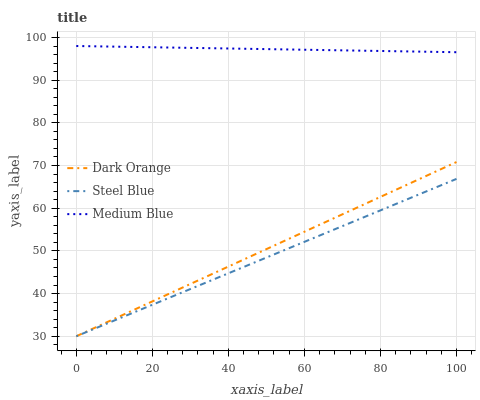
| xaxis_label | Dark Orange | Steel Blue | Medium Blue |
 | --- | --- | --- | --- |
 | 0 | 30 | 30 | 98 |
 | 6.67 | 32.7 | 32.5 | 97.9 |
 | 13.3 | 35.4 | 34.9 | 97.8 |
 | 20 | 38.2 | 37.4 | 97.7 |
 | 26.7 | 40.9 | 39.8 | 97.6 |
 | 33.3 | 43.6 | 42.3 | 97.5 |
 | 40 | 46.3 | 44.7 | 97.4 |
 | 46.7 | 49 | 47.2 | 97.3 |
 | 53.3 | 51.8 | 49.7 | 97.2 |
 | 60 | 54.5 | 52.1 | 97.1 |
 | 66.7 | 57.2 | 54.6 | 97 |
 | 73.3 | 59.9 | 57 | 96.9 |
 | 80 | 62.7 | 59.5 | 96.8 |
 | 86.7 | 65.4 | 62 | 96.7 |
 | 93.3 | 68.1 | 64.4 | 96.6 |
 | 100 | 70.8 | 66.9 | 96.5 |